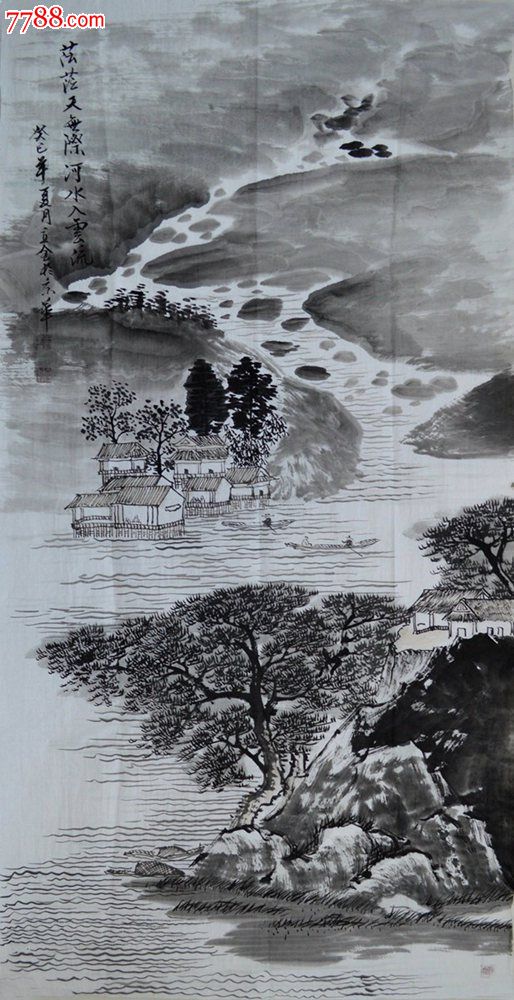
河水倾泼丈余，鸡鸣犬吠满城中。